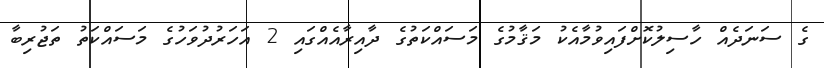
ގެ ސަނަދެއް ހާސިލުކޮށްފައިވުމާއެކު މަޤާމުގެ މަސައްކަތުގެ ދާއިރާއެއްގައި 2 އަހަރުދުވަހުގެ މަސައްކަތު ތަޖުރިބާ